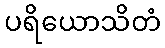
ပရိယောသိတံ